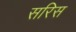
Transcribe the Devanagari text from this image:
सरिस